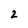
Character: 2